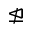
\ntrianglelefteq